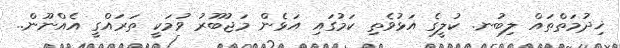
ޚިދުމަތްތައް ލިބުނ. ކުލީގެ އަޅުވެތި ކަމުގައި އަަޅެން މަޖުބޫރު ވުމަކީ ތަރައްގީ އެއްނޫން..